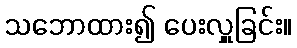
သဘောထား၍ ပေးလှူခြင်း။